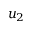
u _ { 2 }